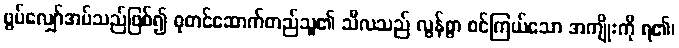
ဖွပ်လျှော်အပ်သည်ဖြစ်၍ ဓုတင်ဆောက်တည်သူ၏ သီလသည် လွန်စွာ စင်ကြယ်သော အကျိုးကို ရ၏၊